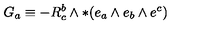
G _ { a } \equiv - R _ { c } ^ { b } \wedge * ( e _ { a } \wedge e _ { b } \wedge e ^ { c } )